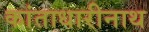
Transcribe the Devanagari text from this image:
कांताधारीनाथ